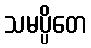
သမပ္ပိတေ